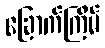
ခြောက်ကြိမ်